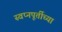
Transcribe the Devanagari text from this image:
स्वप्नपूर्तीच्या